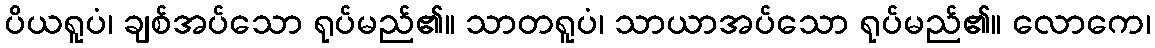
ပိယရူပံ၊ ချစ်အပ်သော ရုပ်မည်၏။ သာတရူပံ၊ သာယာအပ်သော ရုပ်မည်၏။ လောကေ၊